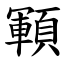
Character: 顐